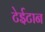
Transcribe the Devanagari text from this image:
टेईटान